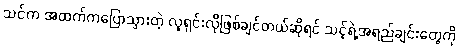
သင်က အထက်ကပြောသွားတဲ့ လူရှင်းလိုဖြစ်ချင်တယ်ဆိုရင် သင့်ရဲ့အရည်ချင်းတွေကို